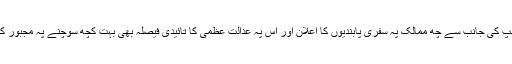
پھر ٹرمپ کی جانب سے چھ ممالک پہ سفری پابندیوں کا اعلان اور اس پہ عدالتِ عظمی کا تائیدی فیصلہ بھی بہت کچھ سوچنے پہ مجبور کرتا ہے۔